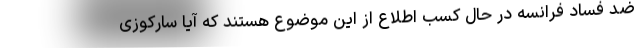
ضد فساد فرانسه در حال کسب اطلاع از این موضوع هستند که آیا سارکوزی